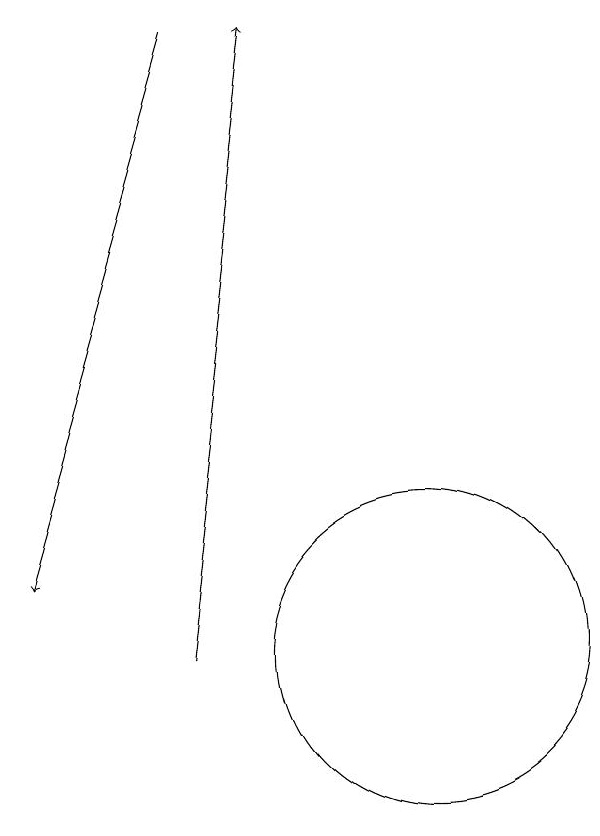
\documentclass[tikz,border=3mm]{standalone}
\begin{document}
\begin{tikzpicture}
\draw (11,10) circle (2);
\draw[->] (8,18) -- (6,11);
\draw[->] (8,10) -- (9,18);
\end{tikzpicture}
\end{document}